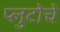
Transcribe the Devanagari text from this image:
प्लुटोचे